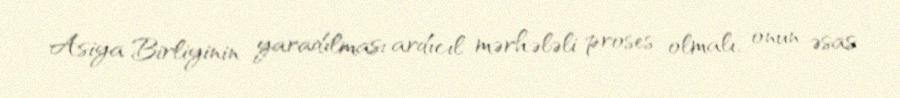
Asiya Birliyinin yaradılması ardıcıl mərhələli proses olmalı, onun əsas